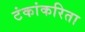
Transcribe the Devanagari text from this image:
टंकांकरिता